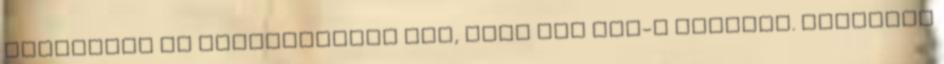
hasatokra és vizsgáljátok meg, hogy fel van-e fúvódva. Beleitek